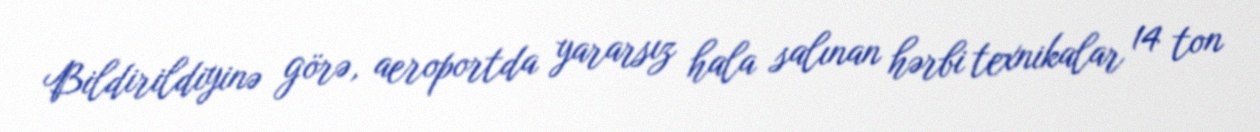
Bildirildiyinə görə, aeroportda yararsız hala salınan hərbi texnikalar 14 ton